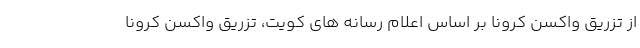
از تزریق واکسن کرونا بر اساس اعلام رسانه های کویت، تزریق واکسن کرونا